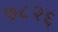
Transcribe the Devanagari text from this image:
७८२६